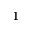
^ { 1 }